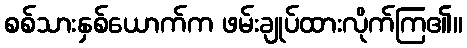
စစ်သားနှစ်ယောက်က ဖမ်းချုပ်ထားလိုက်ကြ၏။